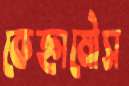
কেহ্নামৌস